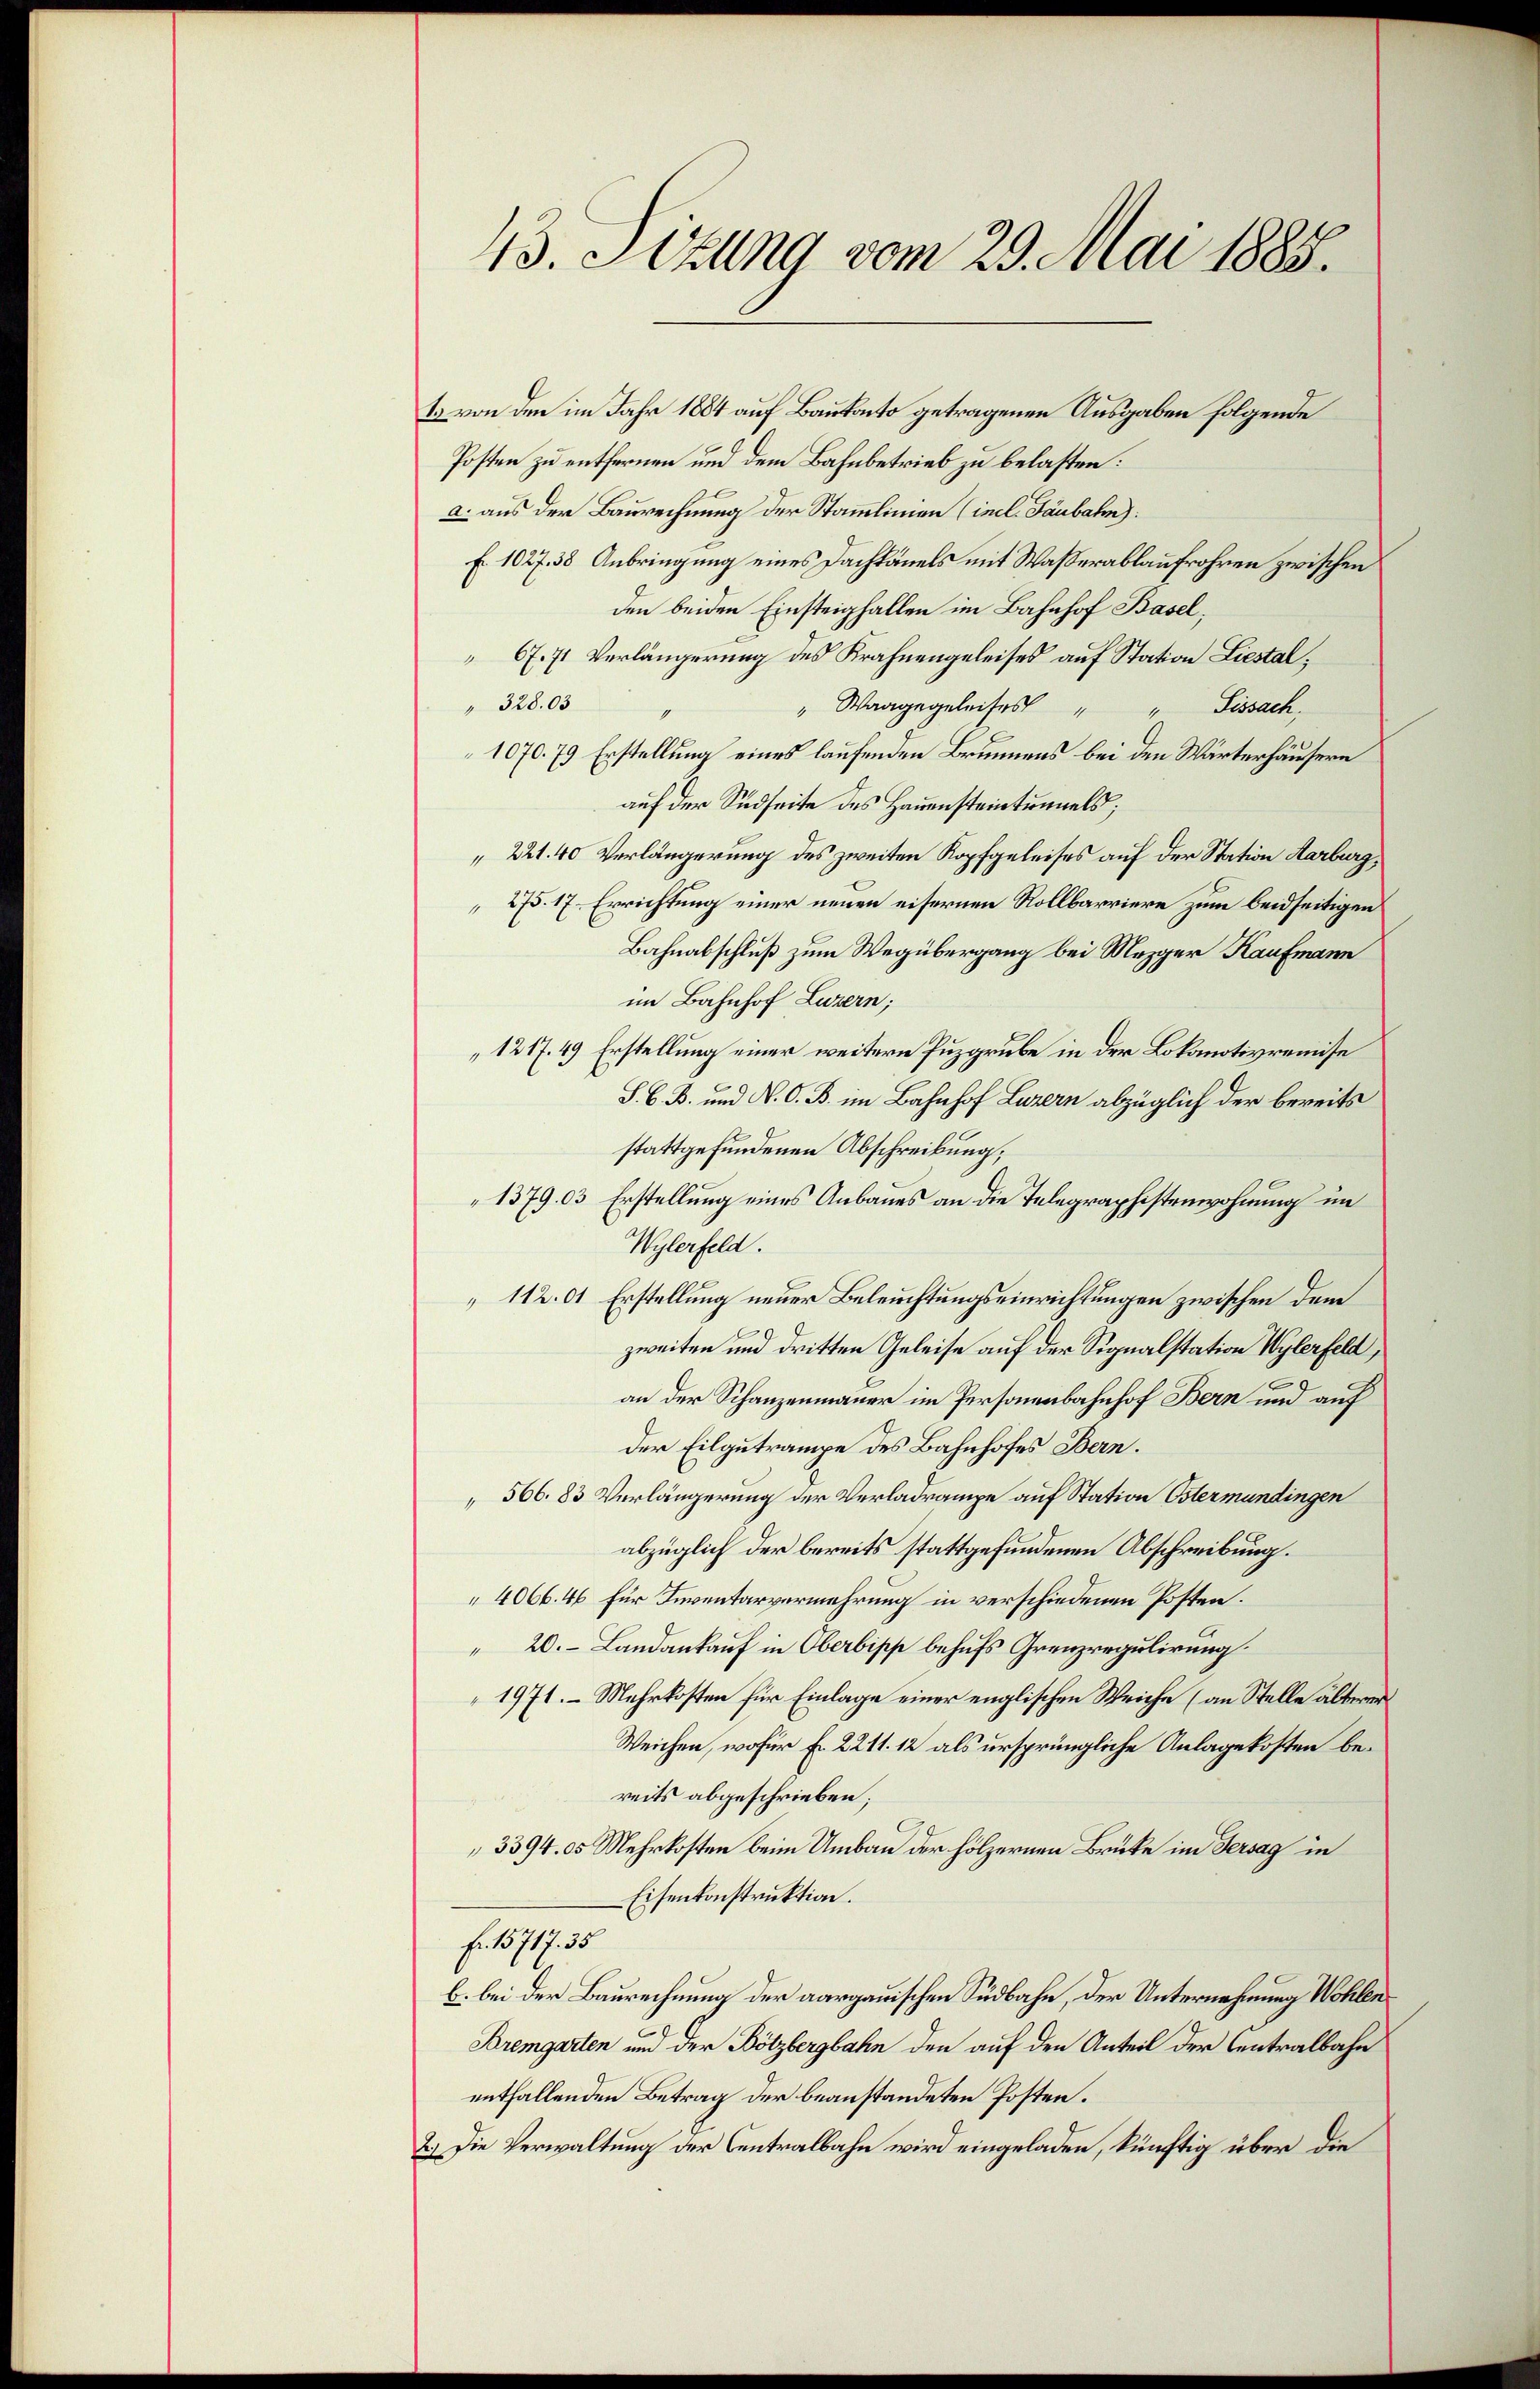
13. Sizung vom 29. Mai 1885.

1. von den im Jahr 1884 auf Baukanto getragenen Ausgaben folgende
Posten zu entfernen und dem Bahnbetrieb zu belasten:
a. aus der Baurechnung der Stammlinien (incl. Taubahn):
E. 1027. 38 Anbringung eines Dachkänels mit Waßerablaufrohren zwischen
den beiden Einsteigfallen im Bahnhof Basel,
67. 71 Verlängerung des Krahnengeleises auf Station Liestal¬
328.03
" Waage geleises " " Sissach
1070. 79 Erstellung eines laufenden Brunnens bei den Wärterhäusern
auf der Südseite des Hauensteintunnels;
221. 40 Verlängerung des zweiten Kopfgeleises auf der Station Aarburg,
275. 17. Errichtung einer neuen eisernen Rollbarriere zum beidseitigen
Bahnabschluß zum Wegübergang bei Mezger Kaufmann
im Bahnhof Luzern;
1217. 49 Erstellung einer weitern Puzgrube in der Lokomotivremise
S. C. B. und V. O. B. im Bahnhof Luzern abzüglich der bereits
stattgefundenen Abschreibung,
1379. 03 Erstellung eines Anbaues an die Telegraphistenwohnung im
Wylerfeld.
112.01 Erstellung neuer Beleuchtungseinrichtungen zwischen dem
zweiten und dritten Geleise auf der Signalstation Wylerfeld,
an der Schanzenmauer im Personenbahnhof Bern und auf
Der Eilgutrampe des Bahnhofes Bern.
566. 83 Verlängerung der Verladrampe auf Station Östermandingen
abzüglich der bereits stattgefundenen Abschreibung.
4066. 46 für Inventarvermehrung in verschiedenen Posten.
 20. Landankauf in Oberbiss behufs Grenzregulirung.
1971. – Mehrkosten für Einlage einer englischen Weiche (an Stelle älterer
Weichen, wofür Fr. 2211. 12 als ursprüngliche Anlage kosten bereits abgeschrieben;
3394. 05 Mehrkosten beim Umbau der hölzernen Brücke im Gersag in
Eisenkonstruktion.
Fr. 15717. 35
b. bei der Baurechnung der aargauischen Südbahn, der Unternehmung Wohlen
Bremgarten und der Bötzbergbahn den auf den Anteil der Centralbahn
entfallenden Betrag der beanstandeten Posten.
2.) Die Verwaltung der Centralbahn wird eingeladen, künftig über die